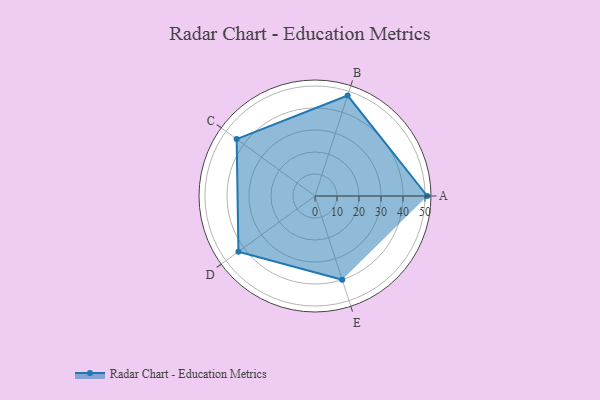
{"axis": {"x": "Skill", "y": "Score"}, "legend": ["Profile"], "data": [{"x": "A", "y": 51.0, "type": "Profile"}, {"x": "B", "y": 48.0, "type": "Profile"}, {"x": "C", "y": 44.0, "type": "Profile"}, {"x": "D", "y": 43.0, "type": "Profile"}, {"x": "E", "y": 40.0, "type": "Profile"}]}